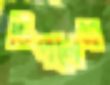
টিপলেম